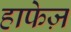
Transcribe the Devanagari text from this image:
हाफेज़